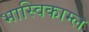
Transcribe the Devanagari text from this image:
भास्विकाम्ल